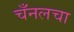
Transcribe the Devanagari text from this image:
चँनलचा